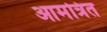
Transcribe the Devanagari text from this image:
आमत्रित